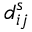
d _ { i j } ^ { s }